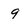
Character: 9